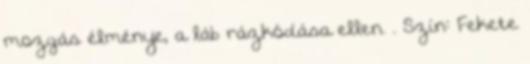
mozgás élménye, a láb rázkódása ellen. . Szín: Fekete